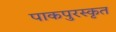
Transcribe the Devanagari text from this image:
पाकपुरस्कृत